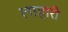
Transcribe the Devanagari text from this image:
लाहारी